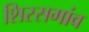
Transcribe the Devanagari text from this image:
शिरसगांव